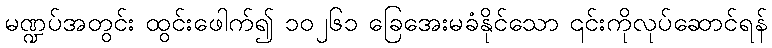
မဏ္ဍပ်အတွင်း ထွင်းဖေါက်၍ ၁၀၂၆၁ ခြေအေးမခံနိုင်သော ၎င်းကိုလုပ်ဆောင်ရန်